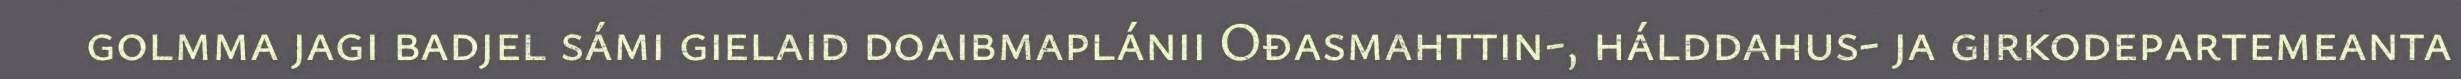
golmma jagi badjel sámi gielaid doaibmaplánii Ođasmahttin-, hálddahus- ja girkodepartemeanta